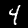
Digit: 4